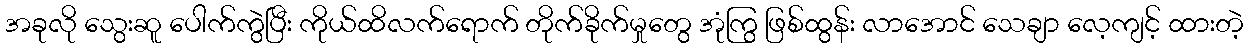
အခုလို သွေးဆူ ပေါက်ကွဲပြီး ကိုယ်ထိလက်ရောက် တိုက်ခိုက်မှုတွေ အုံကြွ ဖြစ်ထွန်း လာအောင် သေချာ လေ့ကျင့် ထားတဲ့